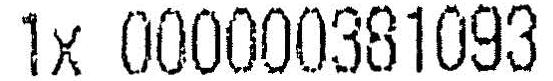
1X 000000381093